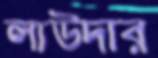
লাউদার